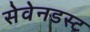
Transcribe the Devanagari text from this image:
सेवेनडस्ट